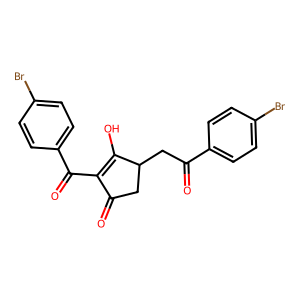
SMILES: O=C1CC(CC(=O)c2ccc(Br)cc2)C(O)=C1C(=O)c1ccc(Br)cc1
Inhibits HIV replication: No